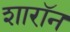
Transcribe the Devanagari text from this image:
शारॉन